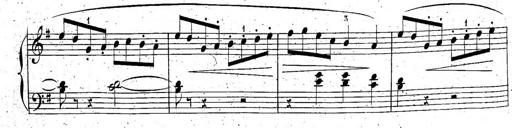
Title: 6 Sonatinen, Op.95
Composer: Ferdinand Hiller
Key: Various